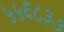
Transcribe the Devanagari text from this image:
५५६८३७